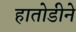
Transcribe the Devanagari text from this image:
हातोडीने